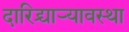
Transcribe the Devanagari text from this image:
दारिद्र्याऱ्यावस्था